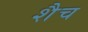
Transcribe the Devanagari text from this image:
शैच